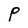
Character: P